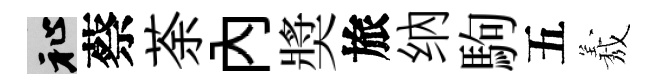
祉蔡荼內奬旅纳駒五𦏁